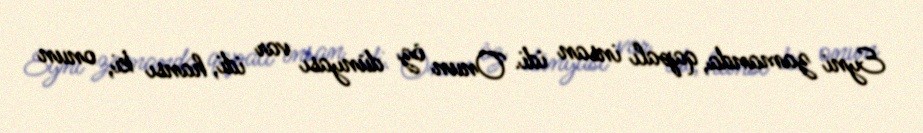
Eyni zamanda, qapalı insan idi. Onun öz dünyası var idi, hansı ki, onun